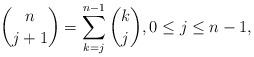
LaTeX: \begin{align*} {n \choose j+1} = \sum_{k=j}^{n-1} {k \choose j}, 0 \le j \le n-1, \end{align*}